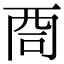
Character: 𠱩